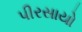
પીરસાયો